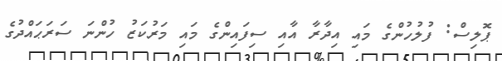
ޕޮލިސް: ފުލުހުންގެ މައި އިދާރާ އާއި ސިފައިންގެ މައި މަރުކަޒު ހުންނަ ސަރަޙައްދުގެ